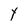
Character: Y